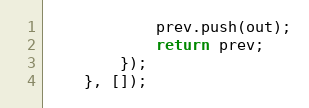
Language: JavaScript
            prev.push(out);
            return prev;
        });
    }, []);